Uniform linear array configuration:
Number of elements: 16
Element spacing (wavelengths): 0.25
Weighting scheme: hamming
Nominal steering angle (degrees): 0
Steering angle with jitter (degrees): -1.448
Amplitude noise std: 0.05
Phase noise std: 0.05

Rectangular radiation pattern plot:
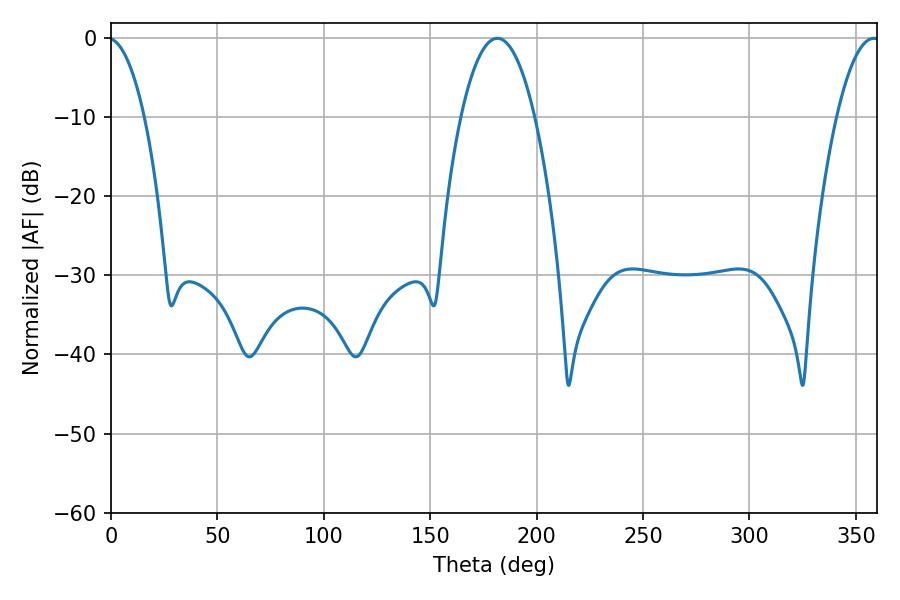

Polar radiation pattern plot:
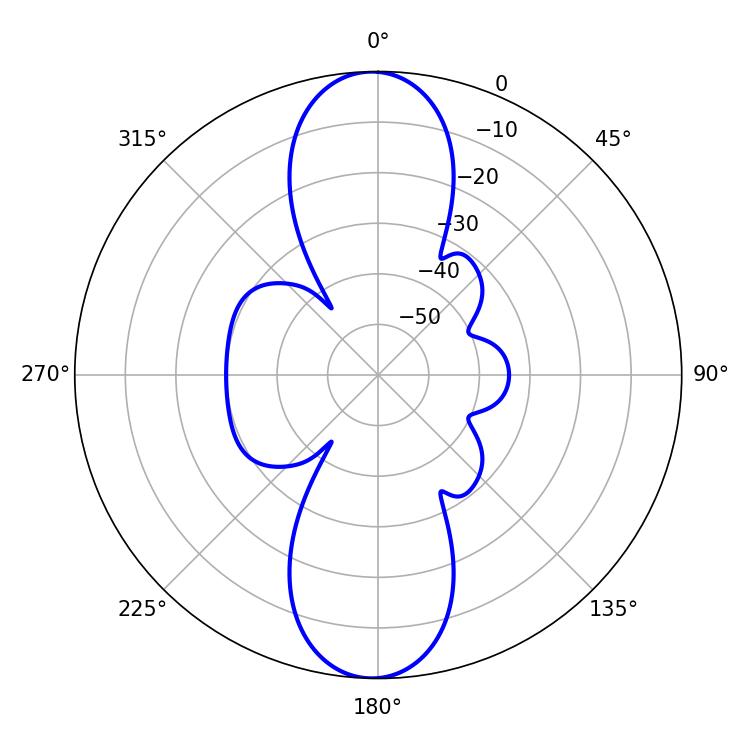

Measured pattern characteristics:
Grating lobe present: FALSE
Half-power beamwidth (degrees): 11.16
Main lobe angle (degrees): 358.38